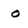
Character: o